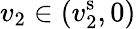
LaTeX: v_{2}\in(v_{2}^{\mathrm{s}},0)